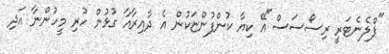
"ޕްލެނެޓަރީ ރިސޯސަސް"އޭ ކިޔާ ކުންފުންޏަކުން އެ ދާއިރާއާ ގުޅުން ހުރި މީހުންނާ އަދި